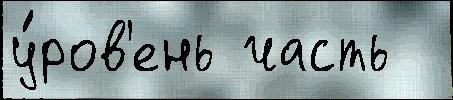
у́ров'ень часть